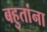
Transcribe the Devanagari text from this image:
बहुतांना